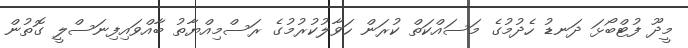
މީދޫ ފުޓްބޯޅަ ދަނޑު ހެދުމުގެ މަސައްކަތް ކުރަން ހަވާލުކުރުމުގެ ރަސްމިއްޔާތު ބާއްވައިފިނަސްލީ ގޮތުން